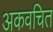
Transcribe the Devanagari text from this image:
अकवचित